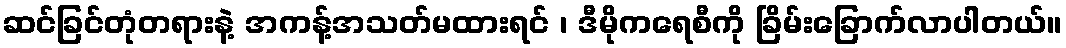
ဆင်ခြင်တုံတရားနဲ့ အကန့်အသတ်မထားရင် ၊ ဒီမိုကရေစီကို ခြိမ်းခြောက်လာပါတယ်။